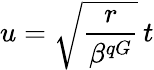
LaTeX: u=\sqrt{\frac{r}{\beta^{qG}}}\, t